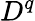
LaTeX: D^{q}